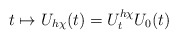
\begin{align*}{t\mapsto U_{h\chi}(t)=U_t^{h\chi}U_0(t)}\end{align*}